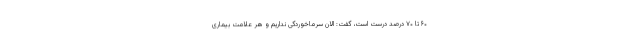
۶۰ تا ۷۰ درصد درست است، گفت: الان سرماخوردگی نداریم و هر علامت بیماری